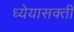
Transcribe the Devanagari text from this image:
ध्येयासक्ती